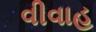
વીવાહ